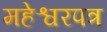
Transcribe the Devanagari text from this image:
महेश्वरपत्र